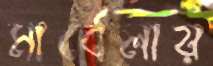
মার্বেলায়